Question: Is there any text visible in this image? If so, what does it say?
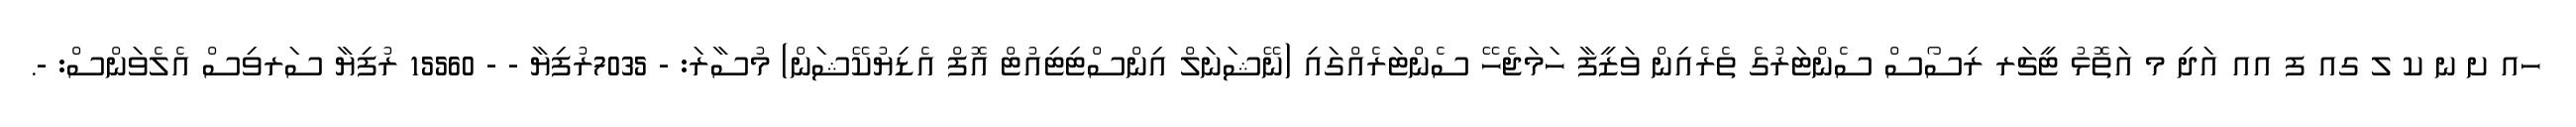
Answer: ހއ ށ ނ ކ ލ ގއ ފ އއ އަދި މ އަތޮޅު ޓީޗަރ ރިސޯސް ސެންޓަރުގެ ތެރެއިން ވަޒީފާ ހަމަޖެހޭ ސެންޓަރެއްގައި (ނޭޝަނަލް އިންސްޓިޓިއުޓް އޮފް އެޑިޔުކޭޝަން) މުސާރަ: - 7035ރުފިޔާ - - 15560 ރުފިޔާ ސަރވިސް އެލެވަންސް: -.